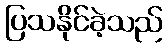
ပြသနိုင်ခဲ့သည်